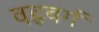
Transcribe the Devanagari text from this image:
वह्लबर्ग